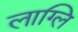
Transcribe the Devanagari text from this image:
लाग्लि